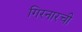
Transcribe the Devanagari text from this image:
गिरनारची